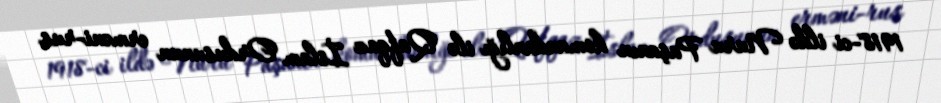
1918-ci ildə Nuru Paşanın komandanlığı ilə Qafqaz İslam Ordusunun erməni-rus